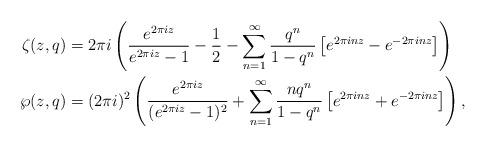
LaTeX: \begin{align*}\zeta(z, q) &= 2\pi i \left(\frac{e^{2\pi i z}}{e^{2\pi i z}-1} - \frac{1}{2} - \sum_{n=1}^\infty \frac{q^n}{1-q^n} \left[ e^{2\pi i n z} - e^{-2\pi i n z}\right] \right) \\ \wp(z, q) &= (2\pi i)^2 \left(\frac{e^{2\pi i z}}{(e^{2\pi i z}-1)^2} + \sum_{n=1}^\infty \frac{n q^n}{1-q^n} \left[ e^{2\pi i n z} + e^{-2\pi i n z}\right] \right),\end{align*}